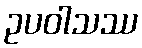
ဥပဝါသဿ